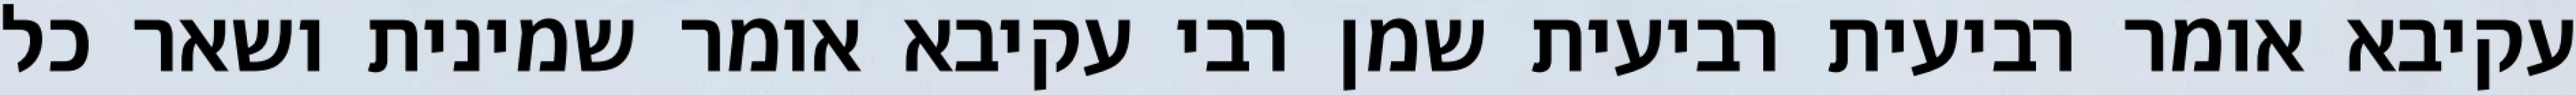
עקיבא אומר רביעית רביעית שמן רבי עקיבא אומר שמינית ושאר כל